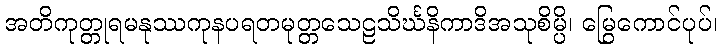
အတိကုတ္တုရမနုဿကုနပရတမုတ္တသေဠသိင်္ဃနိကာဒိအသုစိမ္ပိ၊ မြွေကောင်ပုပ်၊